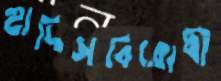
হাদিসবিরোধী